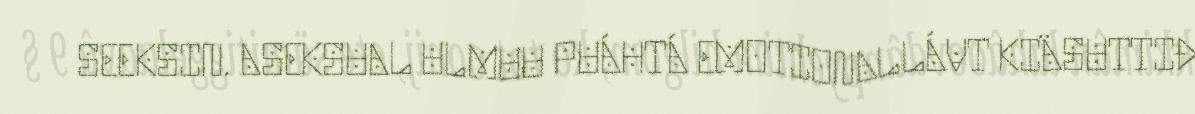
SEEKSIN. ASEKSUAL ULMUU PUÁHTÁ EMOTIONALLÁVT KIÄSUTTIĐ